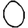
Digit: 0